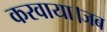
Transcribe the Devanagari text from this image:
करवाया।जब